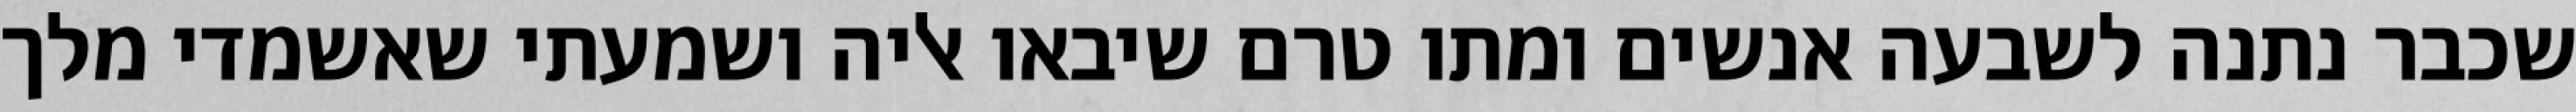
שכבר נתנה לשבעה אנשים ומתו טרם שיבאו אליה ושמעתי שאשמדי מלך